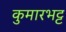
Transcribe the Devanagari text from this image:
कुमारभट्ट